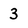
Character: 3